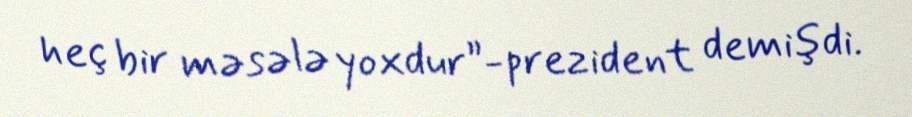
heç bir məsələ yoxdur”-prezident demişdi.